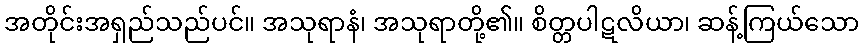
အတိုင်းအရှည်သည်ပင်။ အသုရာနံ၊ အသုရာတို့၏။ စိတ္တပါဋလိယာ၊ ဆန့်ကြယ်သော